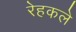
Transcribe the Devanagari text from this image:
रेहकले